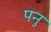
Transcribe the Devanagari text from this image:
पनु